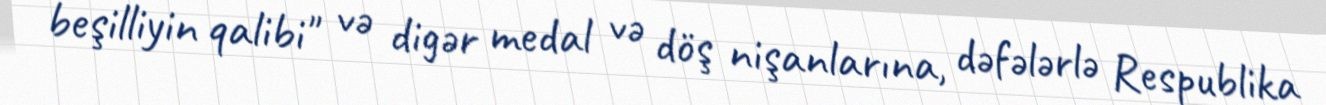
beşilliyin qalibi" və digər medal və döş nişanlarına, dəfələrlə Respublika